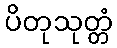
ပိတုသုတ္တံ